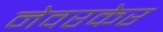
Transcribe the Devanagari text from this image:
नेवरकेर